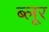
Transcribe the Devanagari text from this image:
ब्लूर